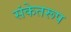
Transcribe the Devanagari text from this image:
संकेतरूप